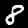
Digit: 8